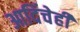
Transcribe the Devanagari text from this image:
आदिंचेही